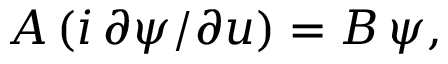
A \, ( i \, \partial \psi / \partial u ) = B \, \psi ,